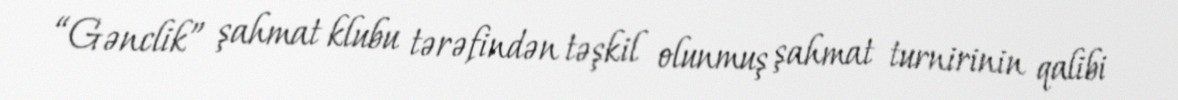
“Gənclik” şahmat klubu tərəfindən təşkil olunmuş şahmat turnirinin qalibi